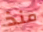
منذ